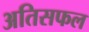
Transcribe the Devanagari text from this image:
अतिसफल